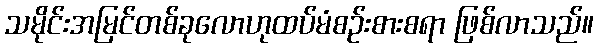
သမိုင်းအမြင်တစ်ခုလောဟုထပ်မံစဉ်းစားစရာ ဖြစ်လာသည်။